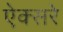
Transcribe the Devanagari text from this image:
ऐक्सरे